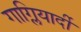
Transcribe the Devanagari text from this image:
गाग्लियार्दी